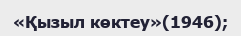
«Қызыл көктеу»(1946);